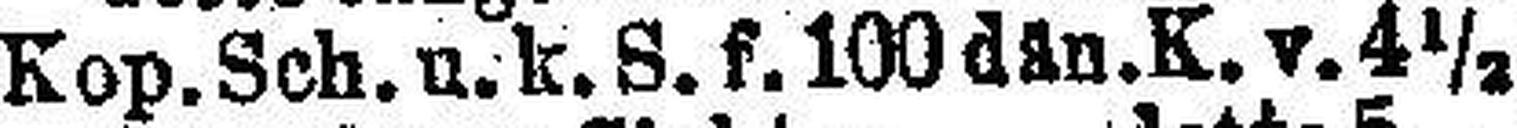
Kop. Sch. u. k. S. f. 100 dan. K. v. 4½